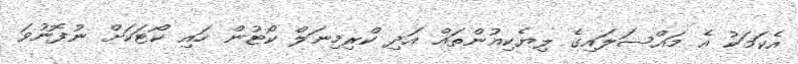
އެކަމަކު އެ މައްސަލައިގެ ލިޔެކިއުންތައް އަދި ކްރިމިނަލް ކޯޓުން ހައި ކޯޓަކަށް ނުފޮނުވަ